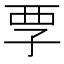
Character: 𡥟